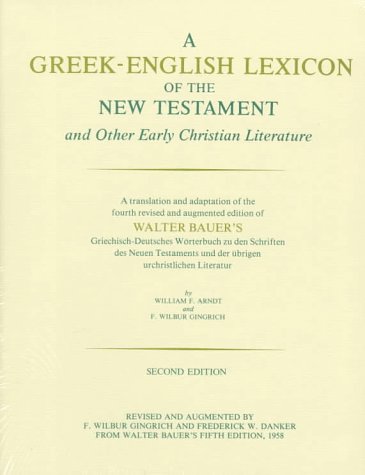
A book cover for A Greek-English Lexicon of the New Testament and Other Early Christian Literature, Second Edition; Walter Bauer; Christian Books & Bibles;